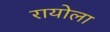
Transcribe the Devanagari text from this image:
रायोला